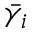
\bar { \gamma _ { i } }